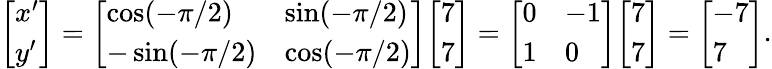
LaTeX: {\left[\begin{array}{l}{x^{\prime}}\\ {y^{\prime}}\end{array}\right]}={\left[\begin{array}{ll}{\cos(-\pi/2)}&{\sin(-\pi/2)}\\ {-\sin(-\pi/2)}&{\cos(-\pi/2)}\end{array}\right]}{\left[\begin{array}{l}{7}\\ {7}\end{array}\right]}={\left[\begin{array}{ll}{0}&{-1}\\ {1}&{0}\end{array}\right]}{\left[\begin{array}{l}{7}\\ {7}\end{array}\right]}={\left[\begin{array}{l}{-7}\\ {7}\end{array}\right]}.